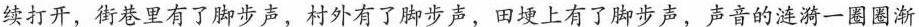
续打开，街巷里有了脚步声，村外有了脚步声，田埂上有了脚步声，声音的涟漪一圈图渐